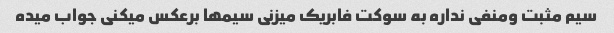
سیم مثبت ومنفی نداره به سوکت فابریک میزنی سیمها برعکس میکنی جواب میده